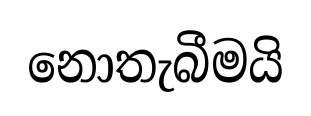
නොතැබීමයි